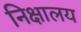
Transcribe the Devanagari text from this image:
निक्षालय